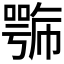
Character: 𭋍